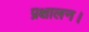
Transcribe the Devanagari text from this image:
प्रक्षालन।